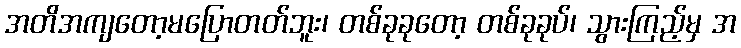
အတိအကျတော့မပြောတတ်ဘူး၊ တစ်ခုခုတော့ တစ်ခုခုပ်၊ သွားကြည့်မှ အ